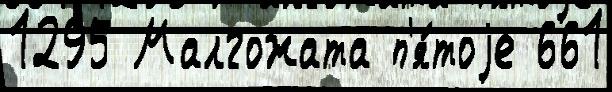
1295 Малгожата п'я́тоjе 661